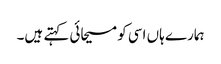
ہمارے ہاں اسی کو مسیحائی کہتے ہیں۔